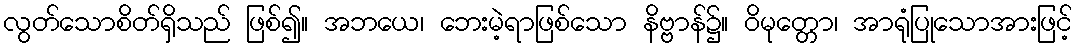
လွတ်သောစိတ်ရှိသည် ဖြစ်၍။ အဘယေ၊ ဘေးမဲ့ရာဖြစ်သော နိဗ္ဗာန်၌။ ဝိမုတ္တော၊ အာရုံပြုသောအားဖြင့်